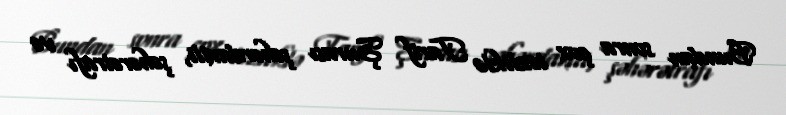
Bundan sonra çox tezliklə Tarif Şurası şəhərdaxili, şəhərətrafı və